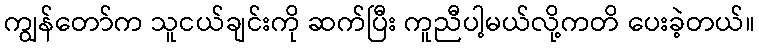
ကျွန်တော်က သူငယ်ချင်းကို ဆက်ပြီး ကူညီပါ့မယ်လို့ကတိ ပေးခဲ့တယ်။